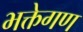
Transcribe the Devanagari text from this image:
भक्तेगण